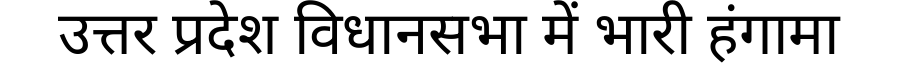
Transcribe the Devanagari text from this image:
उत्तर प्रदेश विधानसभा में भारी हंगामा